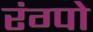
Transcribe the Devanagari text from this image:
रंग्पो